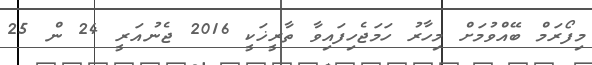
މިފޯރަމް ބޭއްވުމަށް މިހާރު ހަމަޖެހިފައިވާ ތާރީޚަކީ 2016 ޖެނުއަރީ 24 ން 25